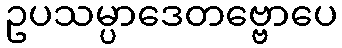
ဥပသမ္ပာဒေတဗ္ဗောပေ